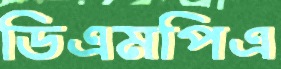
ডিএমপিএ